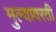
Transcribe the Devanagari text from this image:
मुल्यावरती